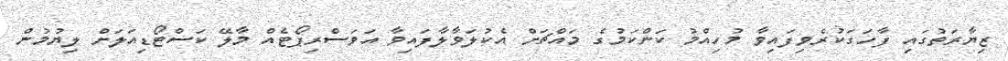
ޒިޔާރަތުގައި ފާހަގަކުރެވިފައިވާ މުހިއްމު ކަންކަމުގެ މައްޗަށް އެކުލަވާލާފައިވާ އަވަސްރިޕޯޓެއް މާލޭ ކަސްޓޯޑިއަލަށް ލިޔުމުން